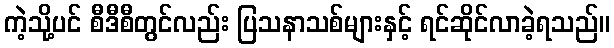
ကဲ့သို့ပင် စီဒီစီတွင်လည်း ပြသနာသစ်များနှင့် ရင်ဆိုင်လာခဲ့ရသည်။